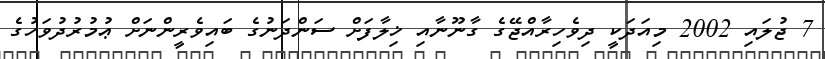
7 ޖުލައި 2002 މިއަދަކީ ދިވެހިރާއްޖޭގެ ގާނޫނާއި ޚިލާފަށް ސަންދަނުގެ ބައިވެރީންނަށް ޢުމުރުދުވަހުގެ